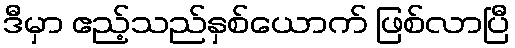
ဒီမှာ ဧည့်သည်နှစ်ယောက် ဖြစ်လာပြီ